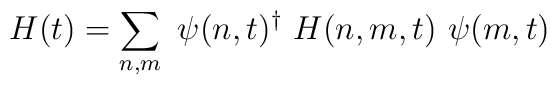
H(t)=\sum_{n,m}\ \psi (n,t)^\dagger\ H(n,m,t)\ \psi (m,t)